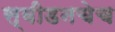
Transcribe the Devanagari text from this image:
स्वीडनचेच